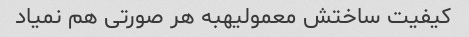
کیفیت ساختش معمولیهبه هر صورتی هم نمیاد